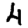
Digit: 4